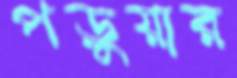
পড়ুয়ার